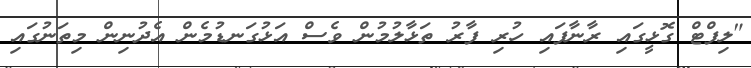
"ލިފްޓް ގޮޅީގައި ރާނާފައި ހުރި ފާރު ތަޅާލުމުން ވެސް އަޅުގަނޑުމެން އެދުނިން މިތަނުގައި